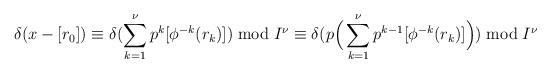
LaTeX: \begin{align*}\delta(x-[r_0])\equiv\delta(\sum_{k=1}^\nu p^k[\phi^{-k}(r_k)]) \bmod I^\nu \equiv \delta(p\Big(\sum_{k=1}^\nu p^{k-1}[\phi^{-k}(r_k)]\Big)) \bmod I^\nu\end{align*}